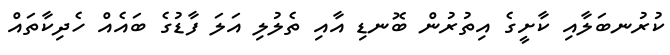
ކުރުނބަލާއި ކާށީގެ އިތުރުން ބޮނޑި އާއި ތެލުލި އަލަ ފާޑުގެ ބައެއް ހެދިކާތައް